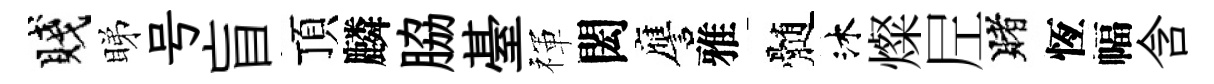
賤睇号盲頂麟脇䑓禈閎譍雅髄沐燦𡰱賭恆幅含